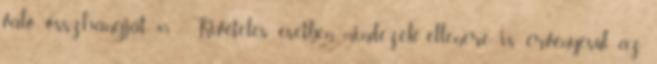
való összhangját. 45 Kivételes esetben mindezek ellenére is érvényesül az